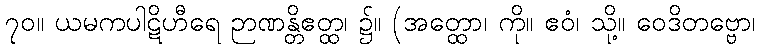
၇၀။ ယမကပါဋိဟီရေ ဉာဏန္တိဧတ္ထ၊ ၌။ (အတ္ထော၊ ကို။ ဧဝံ၊ သို့။ ဝေဒိတဗ္ဗော၊